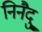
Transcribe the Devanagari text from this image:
निनैदु